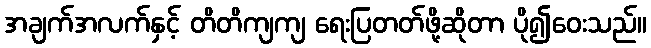
အချက်အလက်နှင့် တိတိကျကျ ရေးပြတတ်ဖို့ဆိုတာ ပို၍ဝေးသည်။